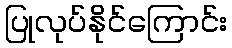
ပြုလုပ်နိုင်ကြောင်း